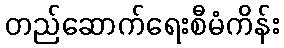
တည်ဆောက်ရေးစီမံကိန်း